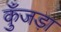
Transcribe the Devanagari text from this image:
कुँजड़ा